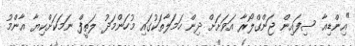
"އިންޑިއާ ސިފައިން ޖަންގްލޯރާ އަވަށަށް ދިން ހަމަލާތަކުގައި މުހަންމަދު ލަތީފް ނަމަކަށްކިޔާ އާންމު